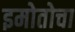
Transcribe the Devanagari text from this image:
इमोतोचा